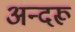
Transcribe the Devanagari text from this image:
अन्दरू